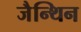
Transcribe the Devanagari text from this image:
जैन्थिन